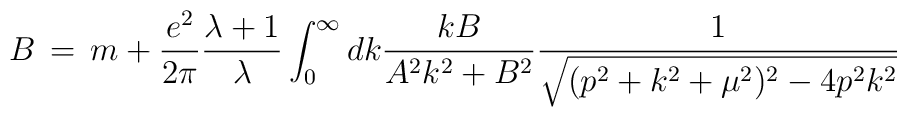
B\,=\, m + \frac{e^2}{2\pi}\frac{\lambda + 1}{\lambda} \int^{\infty}_0 dk\frac{kB}{A^2 k^2 + B^2}\frac{1}{\sqrt{(p^2+k^2+\mu^2)^2-4p^2 k^2}}